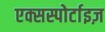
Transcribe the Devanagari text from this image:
एक्सस्पोर्टाइज़